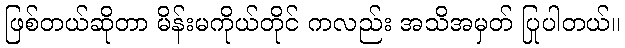
ဖြစ်တယ်ဆိုတာ မိန်းမကိုယ်တိုင် ကလည်း အသိအမှတ် ပြုပါတယ်။